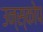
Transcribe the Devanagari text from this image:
उन्स्कोप